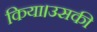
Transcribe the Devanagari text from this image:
किया।उसकी